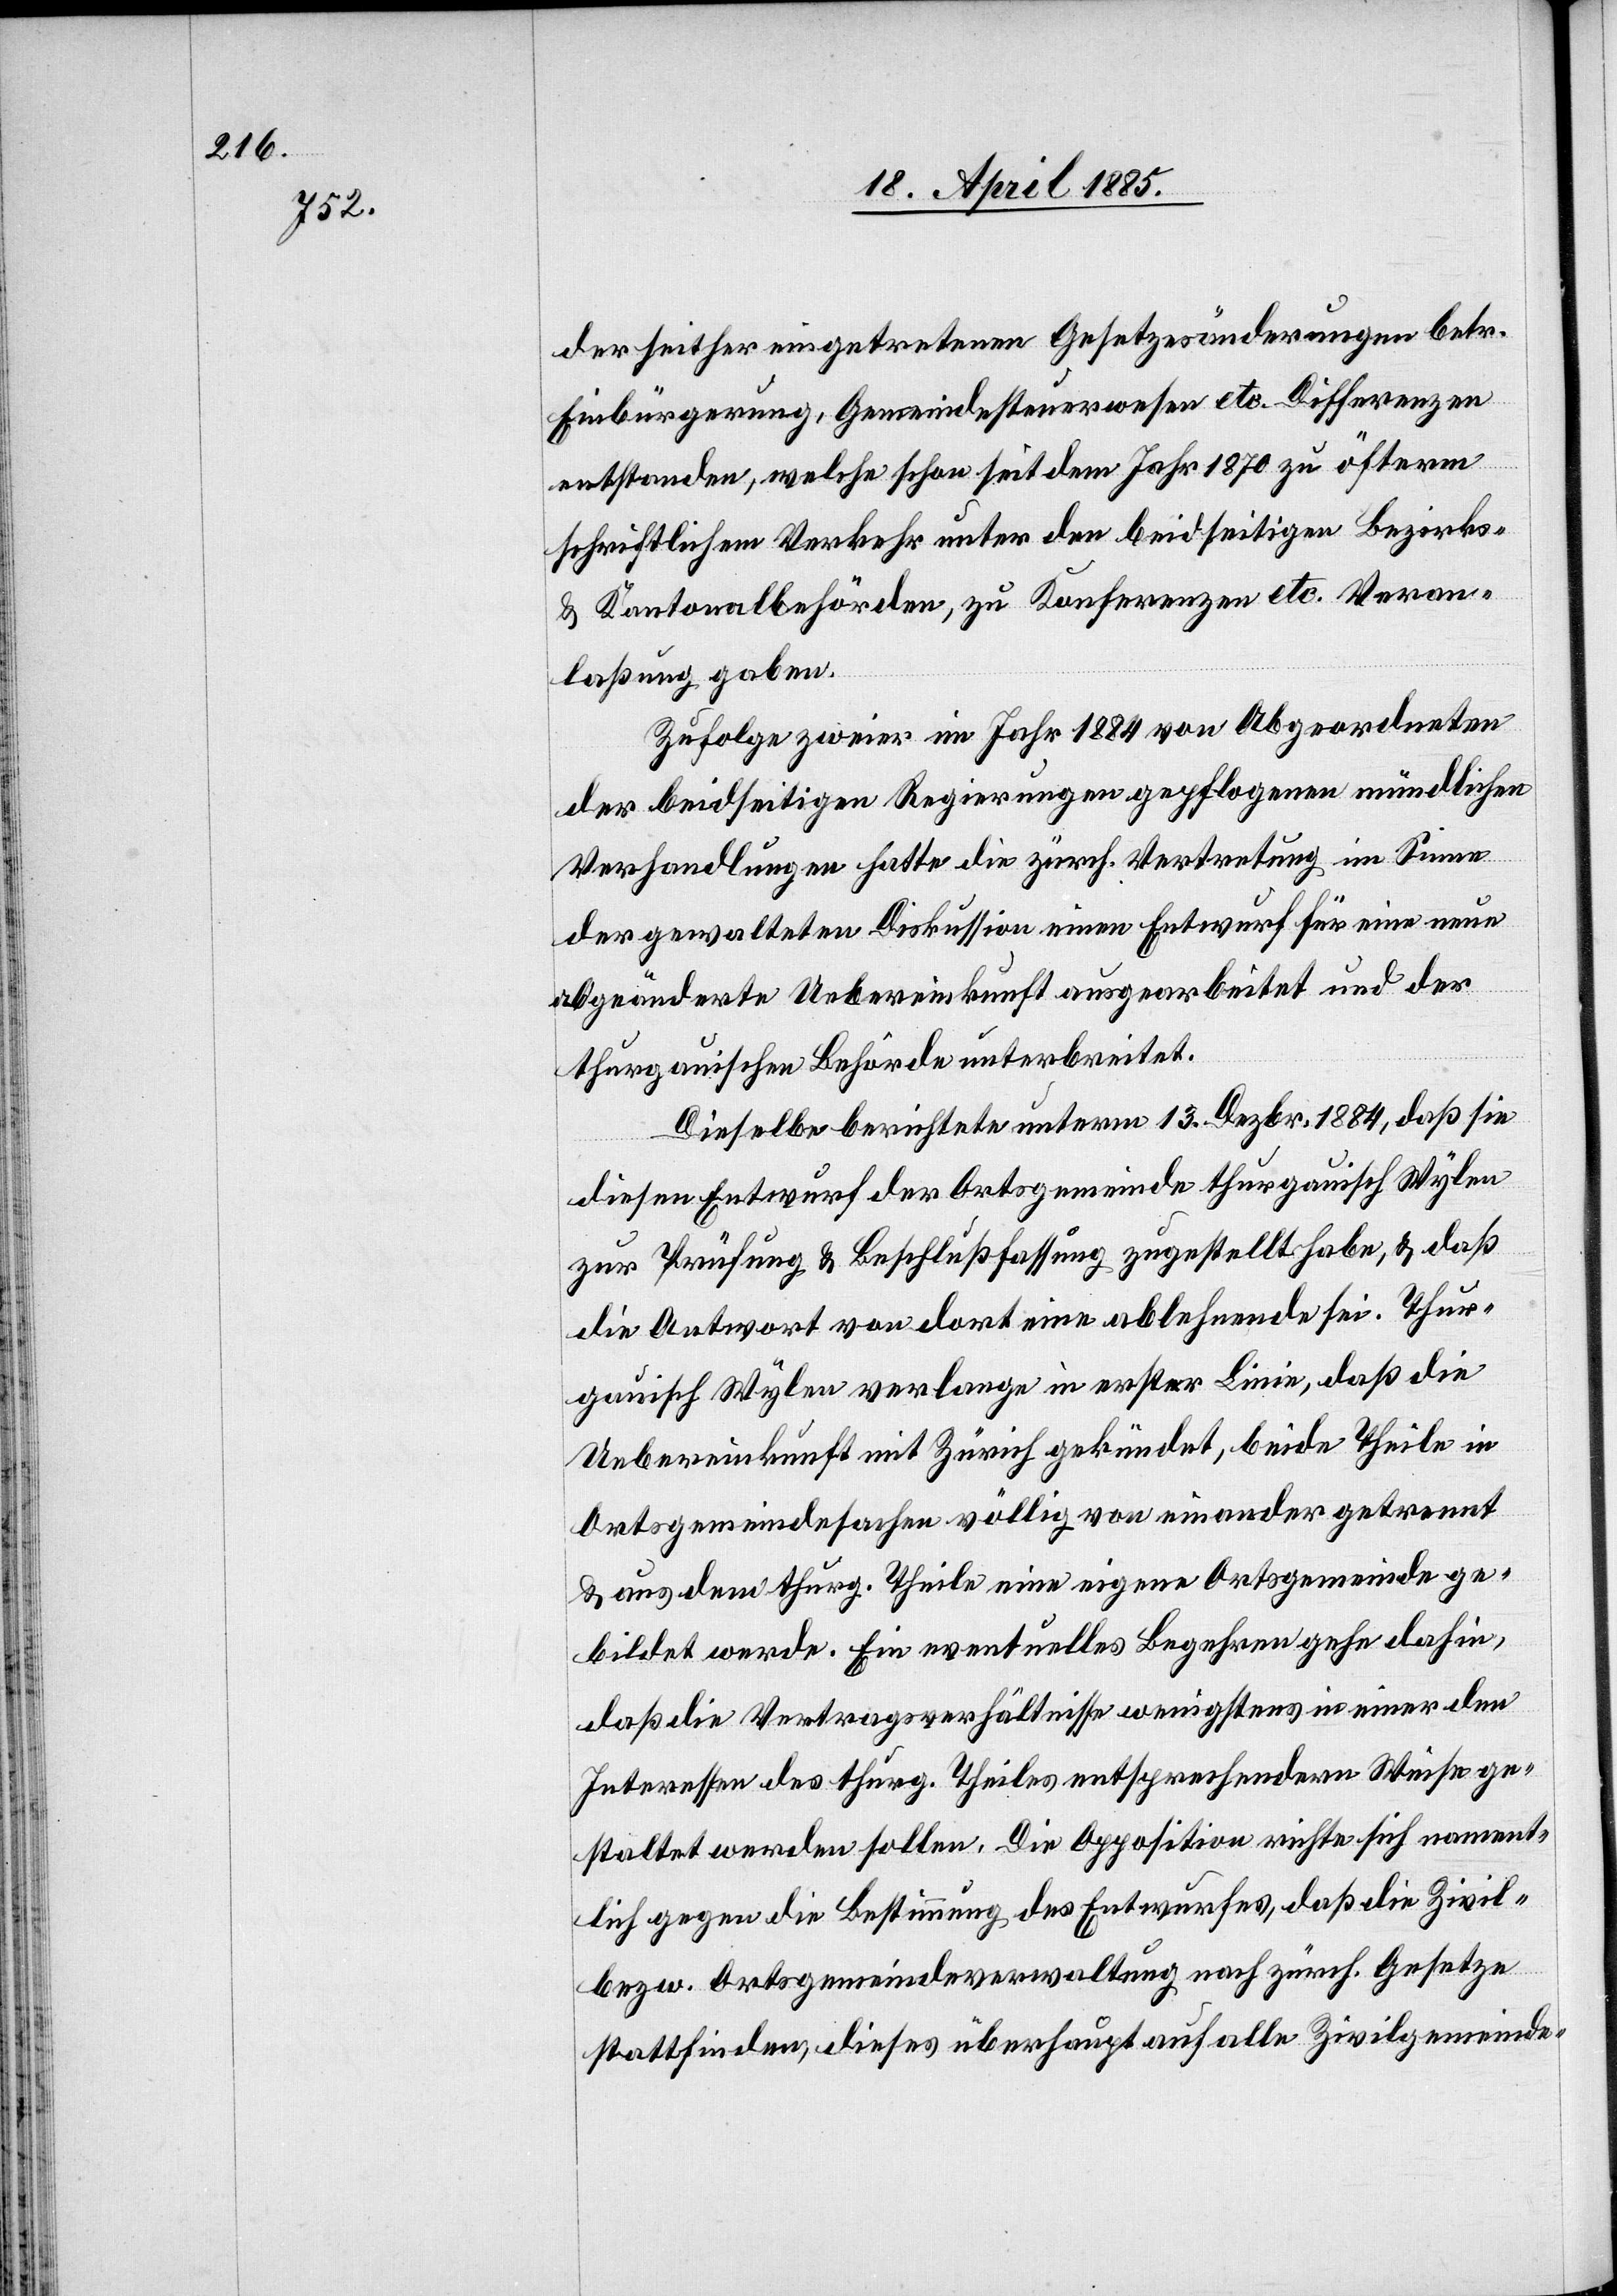
der seither eingetretenen Gesetzesänderungen betr.
Einbürgerung, Gemeindesteuerwesen etc. Differenzen
entstanden, welche schon seit dem Jahr 1870 zu öfterm
schriftlichem Verkehr unter den beidseitigen Bezirks-
& Kantonalbehörden, zu Konferenzen etc. Veran¬
laßung gaben.
Zufolge zweier im Jahr 1884 von Abgeordneten
der beidseitigen Regierungen gepflogenen mündlichen
Verhandlungen hatte die zürch. Vertretung im Sinne
der gewalteten Diskussionen einen Entwurf für eine neue
abgeänderte Uebereinkunft ausgearbeitet und der
thurgauischen Behörde unterbreitet.
Dieselbe berichtete unterm 13. Dezbr. 1884, daß sie
diesen Entwurf der Ortsgemeinde thurgauisch Wylen
zur Prüfung & Beschlußfassung zugestellt habe, & daß
die Antwort von dort eine ablehnende sei. Thur¬
gauisch Wylen verlange in erster Linie, daß die
Uebereinkunft mit Zürich gekündet, beide Theile in
Ortsgemeindesachen völlig von einander getrennt
& aus dem thurg. Theile eine eigene Ortsgemeinde ge¬
bildet werde. Ein eventuelles Begehren gehe dahin,
daß die Vertragsverhältnisse wenigstens in einer den
Interessen des thurg. Theiles entsprechendern Weise ge¬
staltet werden sollen. Die Opposition richte sich nament¬
lich gegen die Bestimmung des Entwurfes, daß die Zivil-
bezw. Ortsgemeindeverwaltung nach zürch. Gesetze
stattfinde, dieses überhaupt auf alle Zivilgemeinde-